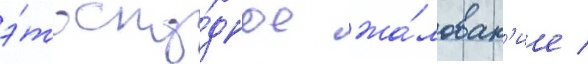
э́то ску́дное жа́лован'ие /